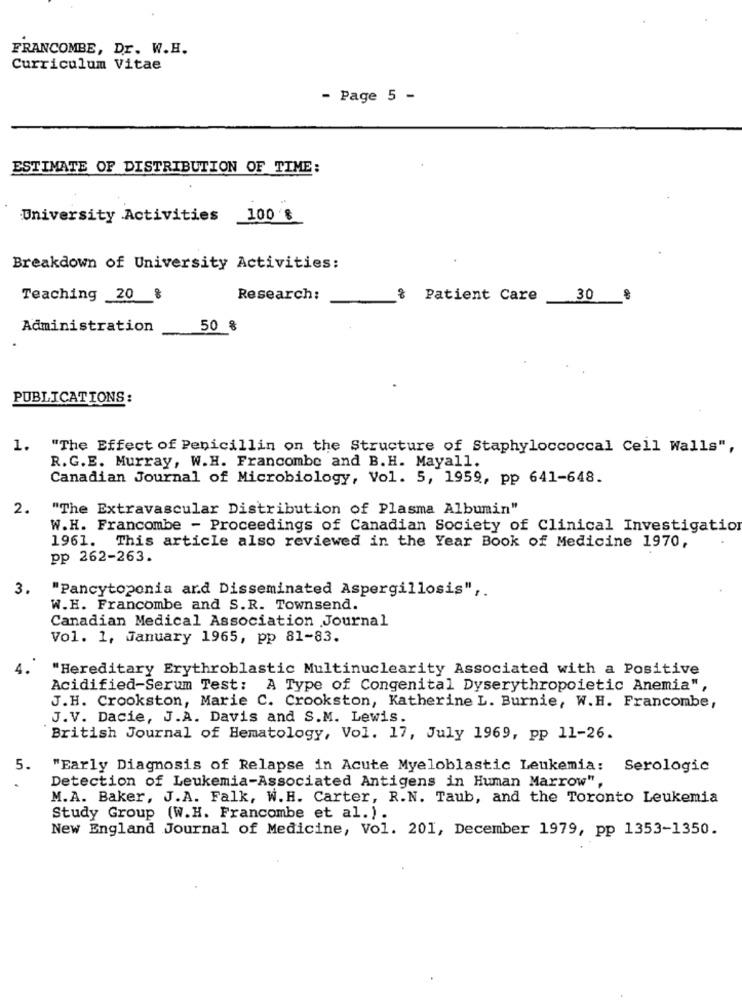
FRANCOMBE, Dr. W.H.
Curriculum Vitae
- Page 5 -
ESTIMATE OF DISTRIBUTION OF TIME:
University Activities 100 'S
Breakdown of University Activities:
Teaching 20 %
Research:
& Patient Care
30
Administration
50 %
PUBLICATIONS:
1.
"The Effect of Penicillin on the Structure of Staphyloccoccal Cell Walls",
R.G.E. Murray, W.H. Francombe and B. H. Mayall.
Canadian Journal of Microbiology, Vol. 5, 1959, pp 641-648.
2.
"The Extravascular Distribution of Plasma Albumin"
W.H. Francombe - Proceedings of Canadian Society of Clinical Investigation
1961. This article also reviewed in the Year Book of Medicine 1970,
pp 262-263.
3.
"Pancytopenia ard Disseminated Aspergillosis" ,.
W.H. Francombe and S.R. Townsend.
Canadian Medical Association Journal
Vol. 1, January 1965, pp 81-83.
"Hereditary Erythroblastic Multinuclearity Associated with a Positive
Acidified-Serum Test: A Type of Congenital Dyserythropoietic Anemia",
J.H. Crookston, Marie C. Crookston, Katherine L. Burnie, W.H. Francombe,
J.V. Dacie, J.A. Davis and S.M. Lewis.
British Journal of Hematology, Vol. 17, July 1969, pp 11-26.
5.
"Early Diagnosis of Relapse in Acute Myeloblastic Leukemia: Serologic
Detection of Leukemia-Associated Antigens in Human Marrow",
M.A. Baker, J.A. Falk, W.H. Carter, R.N. Taub, and the Toronto Leukemia
Study Group (W.H. Francombe et al.).
New England Journal of Medicine, Vol. 201, December 1979, pp 1353-1350.